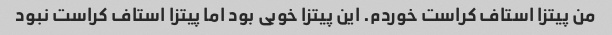
من پیتزا استاف کراست خوردم. این پیتزا خوبی بود اما پیتزا استاف کراست نبود